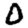
Digit: 0